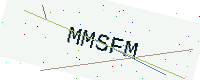
Text: MMSFM